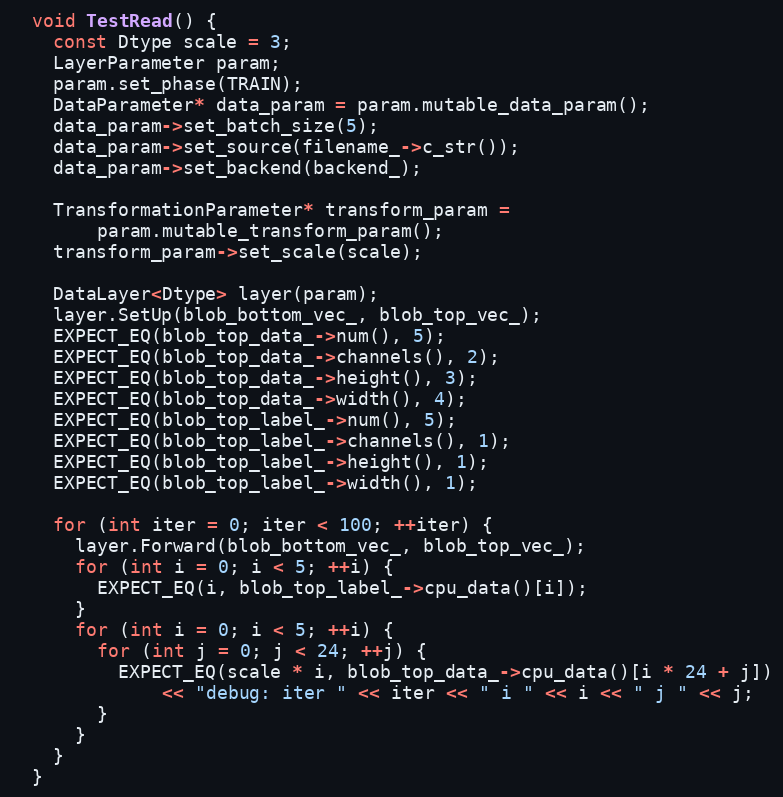
Language: C++
  void TestRead() {
    const Dtype scale = 3;
    LayerParameter param;
    param.set_phase(TRAIN);
    DataParameter* data_param = param.mutable_data_param();
    data_param->set_batch_size(5);
    data_param->set_source(filename_->c_str());
    data_param->set_backend(backend_);

    TransformationParameter* transform_param =
        param.mutable_transform_param();
    transform_param->set_scale(scale);

    DataLayer<Dtype> layer(param);
    layer.SetUp(blob_bottom_vec_, blob_top_vec_);
    EXPECT_EQ(blob_top_data_->num(), 5);
    EXPECT_EQ(blob_top_data_->channels(), 2);
    EXPECT_EQ(blob_top_data_->height(), 3);
    EXPECT_EQ(blob_top_data_->width(), 4);
    EXPECT_EQ(blob_top_label_->num(), 5);
    EXPECT_EQ(blob_top_label_->channels(), 1);
    EXPECT_EQ(blob_top_label_->height(), 1);
    EXPECT_EQ(blob_top_label_->width(), 1);

    for (int iter = 0; iter < 100; ++iter) {
      layer.Forward(blob_bottom_vec_, blob_top_vec_);
      for (int i = 0; i < 5; ++i) {
        EXPECT_EQ(i, blob_top_label_->cpu_data()[i]);
      }
      for (int i = 0; i < 5; ++i) {
        for (int j = 0; j < 24; ++j) {
          EXPECT_EQ(scale * i, blob_top_data_->cpu_data()[i * 24 + j])
              << "debug: iter " << iter << " i " << i << " j " << j;
        }
      }
    }
  }